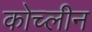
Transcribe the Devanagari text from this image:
कोच्लीन